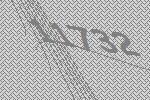
11732